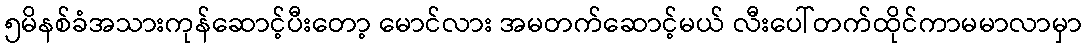
၅မိနစ်ခံအသားကုန်ဆောင့်ပီးတော့ မောင်လား အမတက်ဆောင့်မယ် လီးပေါ်တက်ထိုင်ကာမမာလာမှာ